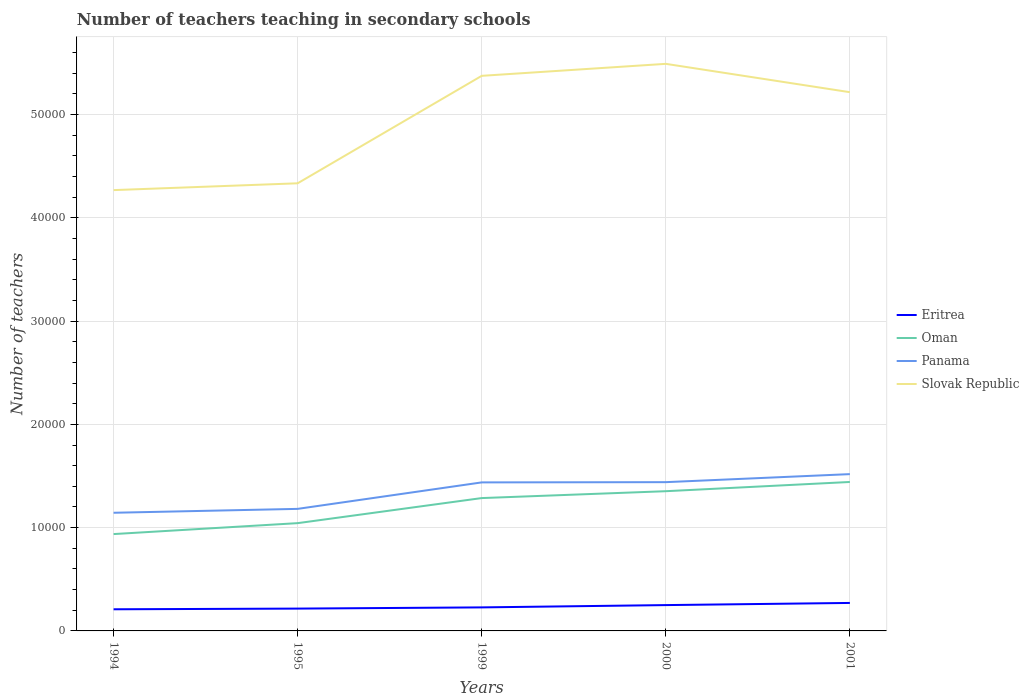
| Years | Eritrea | Oman | Panama | Slovak Republic |
 | --- | --- | --- | --- | --- |
 | 1994 | 2.1e+03 | 9.38e+03 | 1.14e+04 | 4.27e+04 |
 | 1995 | 2.16e+03 | 1.04e+04 | 1.18e+04 | 4.33e+04 |
 | 1999 | 2.28e+03 | 1.29e+04 | 1.44e+04 | 5.37e+04 |
 | 2000 | 2.5e+03 | 1.35e+04 | 1.44e+04 | 5.49e+04 |
 | 2001 | 2.71e+03 | 1.44e+04 | 1.52e+04 | 5.22e+04 |